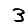
Digit: 3